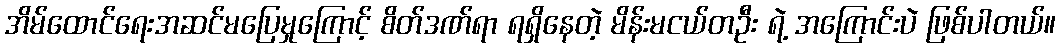
အိမ်ထောင်ရေးအဆင်မပြေမှုကြောင့် စိတ်ဒဏ်ရာ ရရှိနေတဲ့ မိန်းမငယ်တဦး ရဲ့ အကြောင်းပဲ ဖြစ်ပါတယ်။